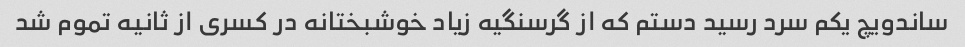
ساندویچ یکم سرد رسید دستم که از گرسنگیه زیاد خوشبختانه در کسری از ثانیه تموم شد